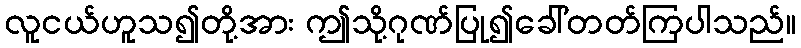
လူငယ်ဟူသ၍တို့အား ဤသို့ဂုဏ်ပြု၍ခေါ်တတ်ကြပါသည်။